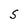
Character: S